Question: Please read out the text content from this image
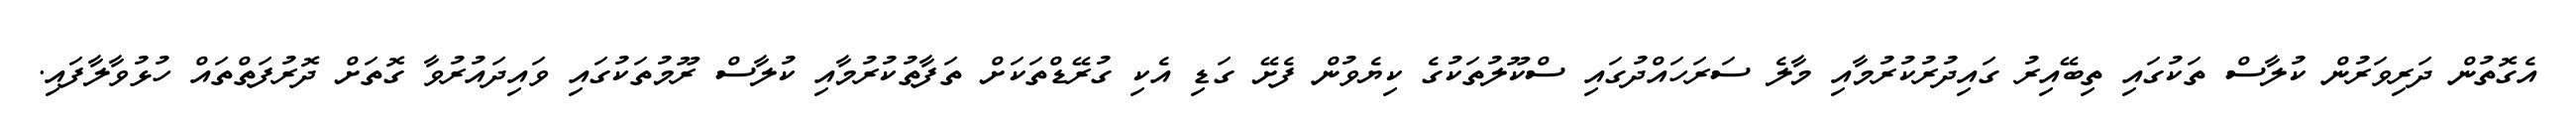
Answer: އެގޮތުން ދަރިވަރުން ކުލާސް ތަކުގައި ތިބޭއިރު ގައިދުރުކުރުމާއި މާލެ ސަރަހައްދުގައި ސްކޫލުތަކުގެ ކިޔެވުން ފެށޭ ގަޑި އެކި ގުރޭޑްތަކަށް ތަފާތުކުރުމާއި ކުލާސް ރޫމުތަކުގައި ވައިދައުރުވާ ގޮތަށް ދޮރުފަތްތައް ހުޅުވާލާފައި.